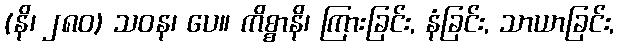
(နိ၊ ၂၈၀) သဝန၊ ပေ။ ကိစ္စာနိ၊ ကြားခြင်း, နံခြင်း, သာယာခြင်း,